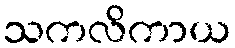
သကလိကာယ